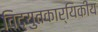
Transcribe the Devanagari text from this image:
विद्युतकार्यिकीय